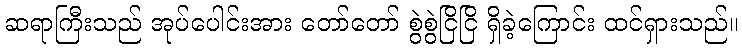
ဆရာကြီးသည် အုပ်ပေါင်းအား တော်တော် စွဲစွဲငြိငြိ ရှိခဲ့ကြောင်း ထင်ရှားသည်။